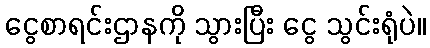
ငွေစာရင်းဌာနကို သွားပြီး ငွေ သွင်းရုံပဲ။